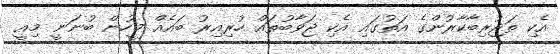
އެކި ތަޖުރިބާކާރުންގެ އަތުގައި އެކި ޖަވާބުތައް ހުރިއިރު ބައެއް މީހުން ބުނަނީ މިއީ